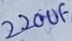
Text: 220uF